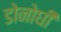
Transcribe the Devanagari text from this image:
डोनोघी